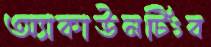
অ্যাকাউনটিংব